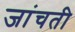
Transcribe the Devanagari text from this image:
जांचती